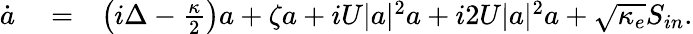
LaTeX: \begin{array}{rlr}{\dot{a}}&{{}=}&{\left(i\Delta-\frac{\kappa}{2}\right)a+\zeta a+iU|a|^{2}a+i2U|a|^{2}a+\sqrt{\kappa_{e}}S_{in}.}\end{array}